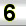
Digit: 6